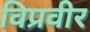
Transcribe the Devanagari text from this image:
विप्रवीर